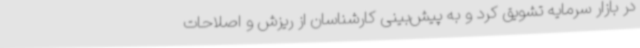
در بازار سرمایه تشویق کرد و به پیش‌بینی کارشناسان از ریزش ‌و اصلاحات